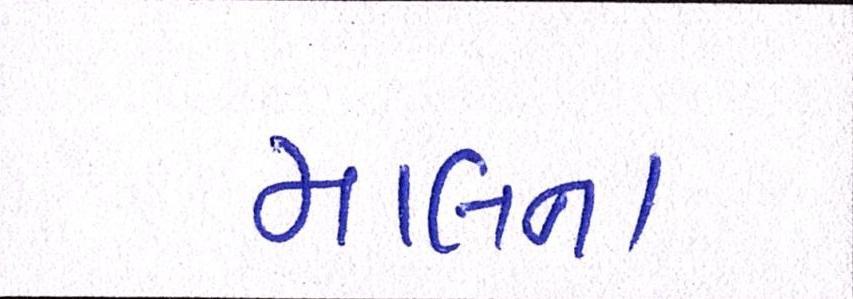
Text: માલના